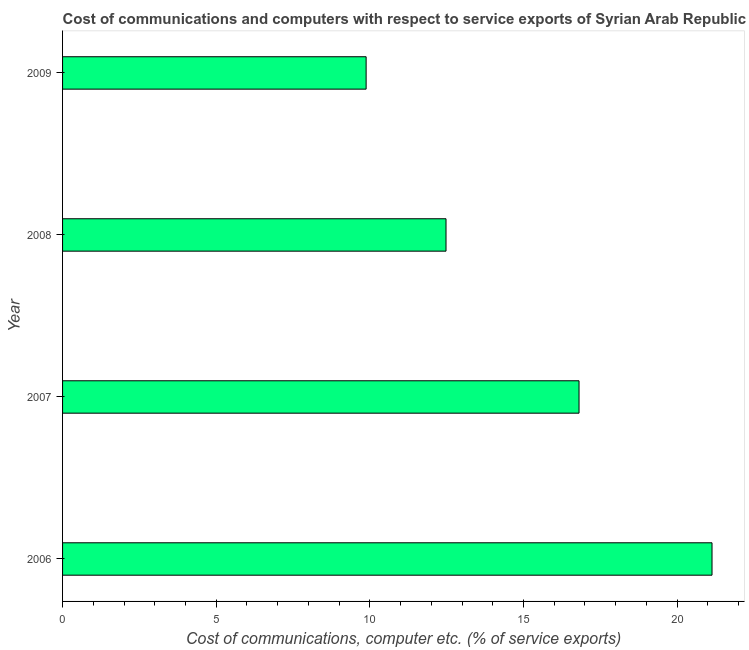
| Year | Communications |
 | --- | --- |
 | 2006 | 21.1 |
 | 2007 | 16.8 |
 | 2008 | 12.5 |
 | 2009 | 9.88 |